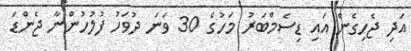
އަދި ޖެހިގެން އައި ޑިސެމްބަރު މަހުގެ 30 ވަނަ ދުވަހު ފުލުހުންނާ ޖެންޑަ